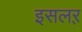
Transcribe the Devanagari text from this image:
इसलऱ़